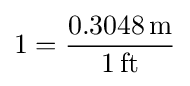
1={\frac {\mathrm {0.3048\,m} }{\mathrm {1\,ft} }}